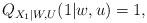
LaTeX: \begin{align*}Q_{X_1|W,U}(1|w,u)=1,\end{align*}